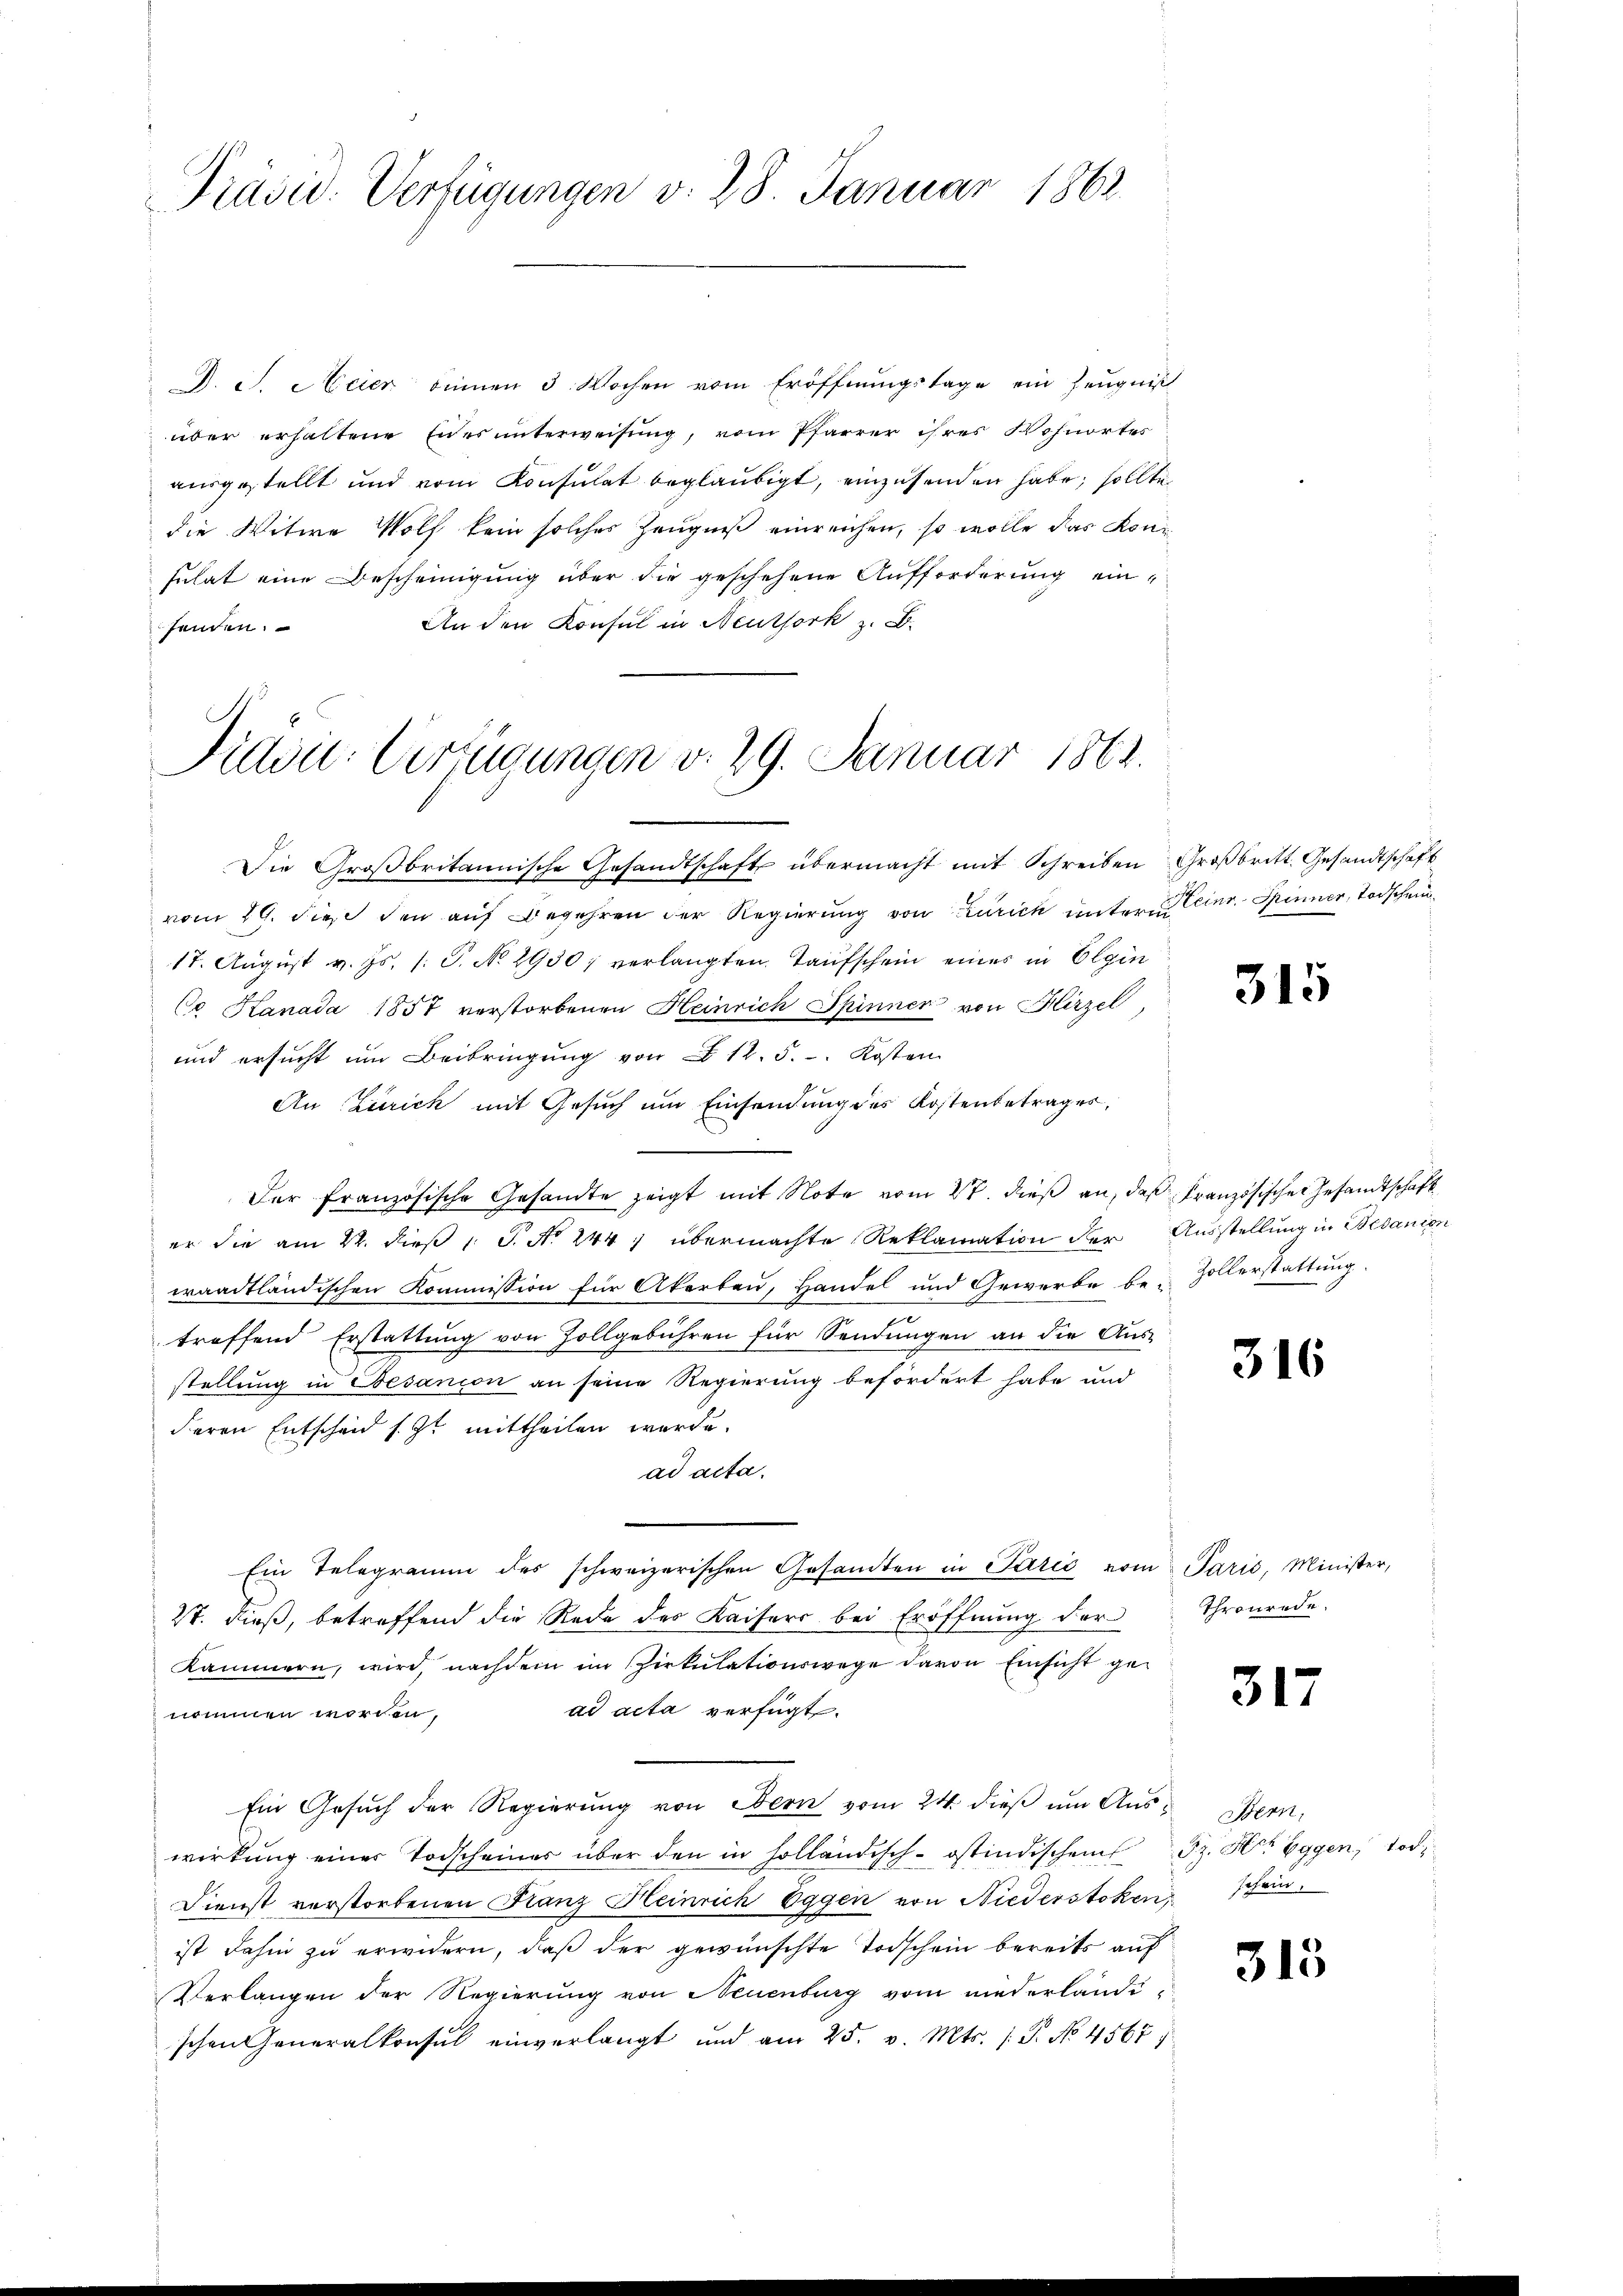
Präsid. Verfügungen v. 28. Januar 1862.

D. J. Meier binnen 3 Wochen vom Eröffnungstage ein Zeugniß
über erhaltene Eides unterweisung, vom Pfarrer ihres Wohnortes
ausgestellt und vom Konsulat beglaubigt, einzusenden habe, sollte
die Witwe Wolf kein solches Zeugniß einreichen, so wolle das Konsulat eine Bescheinigung über die geschehene Aufforderung ein-
An den Konsul in Neuthork z. B.
senden.

Fidvil-Verfügungen v. 29. Januar 1862.

Die Großbritannische Gesandtschaft übermacht mit Schreiben Großbritt. Gesandtschaft
vom 29. dies den auf Begehren der Regierung von Zürich untern einr. Spinner, Todschein¬
17. August v. Js. (T. No 2930; verlangten Taufschein eines in Elgin
Co Kanada 1857 verstorbenen Heinrich Spinner von Hirzel,
und ersucht um Beibringung von 12. 5. Kosten
An Zürich mit Gesuch um Einsendung des Kostenbetrages,
Der französische Gesandte zeigt mit Note vom 27. dieß an, daß Französischer Gesandtschaft
er die am 22. dieß 1 S. No 244, übermachte Reklamation der Ausstellung in Bedanion
waadtländischen Kommission für Akorben, Handel und Gewerbe be-Zollerstattung
treffend Erstattung von Zollgebühren für Sendungen an die Aus-
stellung in Besanion an seine Regierung befördert habe und
deren Entscheid s. Zt. mittheilen werde.
ad acta.
Ein Telegramm des schweizerischen Gesandten in Parić vom Paris, Minister,
27. dieß, betreffend die Rede des Kaisers bei Eröffnung der
Kammern, wird, nachdem im Cirkulationswege davon Einsicht gead acta verfügt:
nommen worden.
Ein Gesuch der Regierung von Bern vom 24. dieß um Auswirkung einer Todscheiner über den in holländisch-östindischen z. Herr Eggen, tod
Dienst verstorbenen Franz Heinrich Eggen von Niederstoken, schön.
ist dahin zu erwidern, daß der gewünschte Todschein bereits auf
Verlangen der Regierung von Neuenburg vom niederländi-
schen Generalkonsul einverlangt und am 25. v. Mts. s. S. No 4567/

315

316

Thronrede.

317

Bern,

315